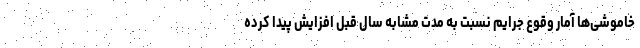
خاموشی‌ها آمار وقوع جرایم نسبت به مدت مشابه سال قبل افزایش پیدا کرده